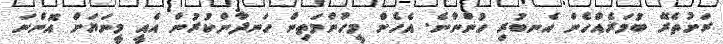
ރަށުތެރޭ ބުމަރެއްހެން އެނބުރި ހުންނާނެ. އެހެން މީހުންމަތިން ހަނދާންކުރުން އެއީ މީނަޔަށް އޮންނަ